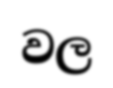
වල